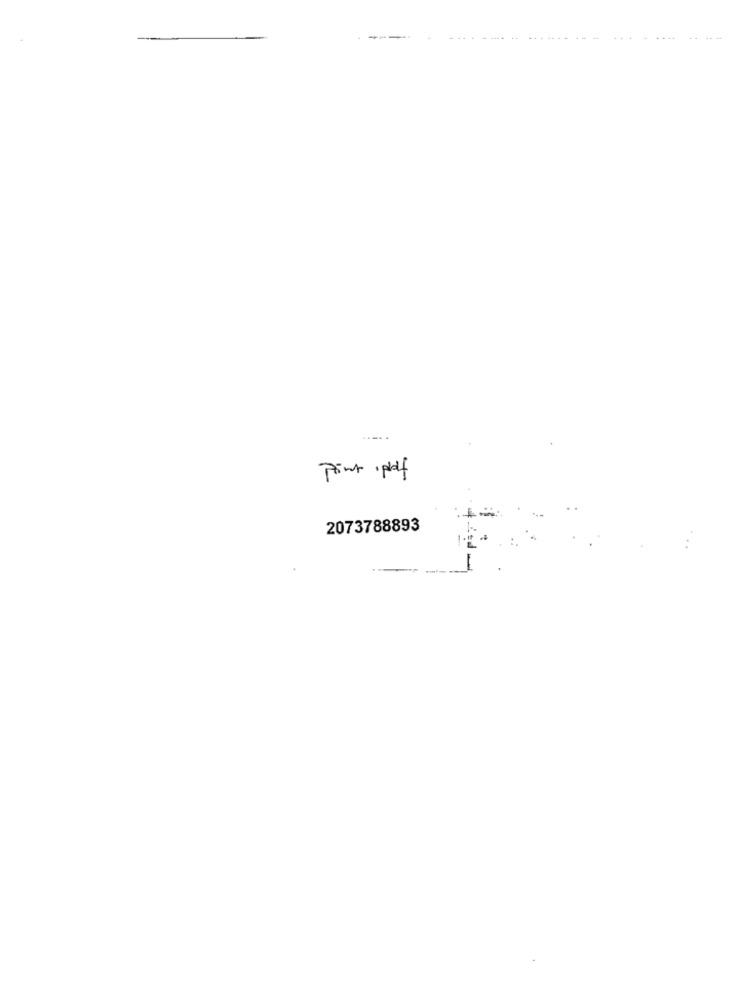
Print plof
2073788893